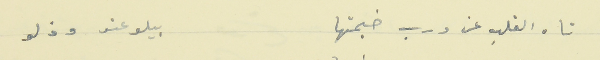
تاه القلب عن درب خيمتها                    بيلوعتو وذلو